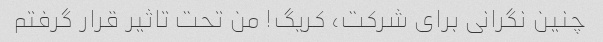
چنین نگرانی برای شرکت، کریگ! من تحت تاثیر قرار گرفتم